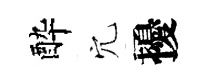
酔穴擾